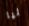
ليا